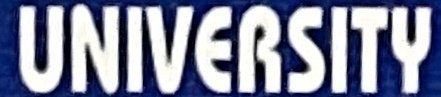
UNIVEESITY